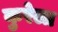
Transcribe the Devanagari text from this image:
कुरेला